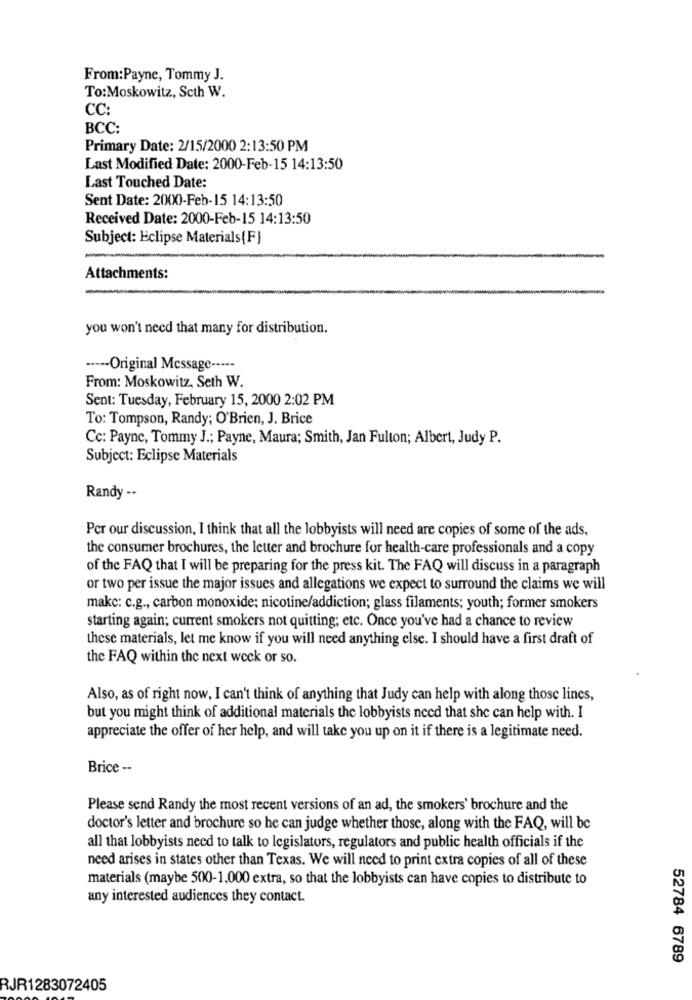
From:Payne, Tommy J.
To:Moskowitz, Scth W.
CC:
BCC:
Primary Date: 2/15/2000 2:13:50 PM
Last Modified Date: 2000-Feb-15 14:13:50
Last Touched Date:
Sent Date: 2000-Feb-15 14:13:50
Received Date: 2000-Feb-15 14:13:50
Subject: Eclipse Materials(F}
Attachments:
you won't need that many for distribution.
----- Original Message -----
From: Moskowitz, Seth W.
Sent: Tuesday, February 15, 2000 2:02 PM
To: Tompson, Randy; O'Brien, J. Brice
Cc: Payne, Tommy J .; Payne, Maura; Smith, Jan Fulton; Albert, Judy P.
Subject: Eclipse Materials
Randy --
Per our discussion, I think that all the lobbyists will need are copies of some of the ads,
the consumer brochures, the letter and brochure for health-care professionals and a copy
of the FAQ that I will be preparing for the press kit. The FAQ will discuss in a paragraph
or two per issue the major issues and allegations we expect to surround the claims we will
makc: c.g ., carbon monoxide; nicotine/addiction; glass filaments; youth; former smokers
starting again; current smokers not quitting; etc. Once you've had a chance to review
these materials, let me know if you will need anything else. I should have a first draft of
the FAQ within the next week or so.
Also, as of right now, I can't think of anything that Judy can help with along those lines,
but you might think of additional materials the lobbyists need that she can help with. I
appreciate the offer of her help, and will take you up on it if there is a legitimate need.
Brice --
Please send Randy the most recent versions of an ad, the smokers' brochure and the
doctor's letter and brochure so he can judge whether those, along with the FAQ, will be
all that lobbyists need to talk to legislators, regulators and public health officials if the
need arises in states other than Texas. We will need to print extra copies of all of these
materials (maybe 500-1,000 extra, so that the lobbyists can have copies to distribute to
any interested audiences they contact.
52784 6789
RJR1283072405